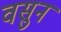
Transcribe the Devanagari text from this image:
वसुन